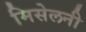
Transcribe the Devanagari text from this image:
मिसेलनी